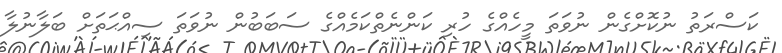
ކަސްރަތު ނުކޮށްގެން ނުވަތަ މީހެއްގެ ހުރި ކަންނެތްކަމެއްގެ ސަބަބުން ނުވަތަ ސިއްޙަތަށް ބަލާނުލާ